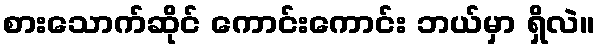
စားသောက်ဆိုင် ကောင်းကောင်း ဘယ်မှာ ရှိလဲ။